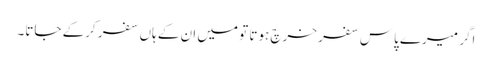
اگر میرے پاس سفر خرچ ہوتا تو میں ان کے ہاں سفر کرکے جاتا۔